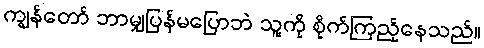
ကျွန်တော် ဘာမျှပြန်မပြောဘဲ သူ့ကို စိုက်ကြည့်နေသည်။